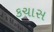
કચાસ